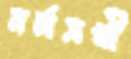
নর্মসখী